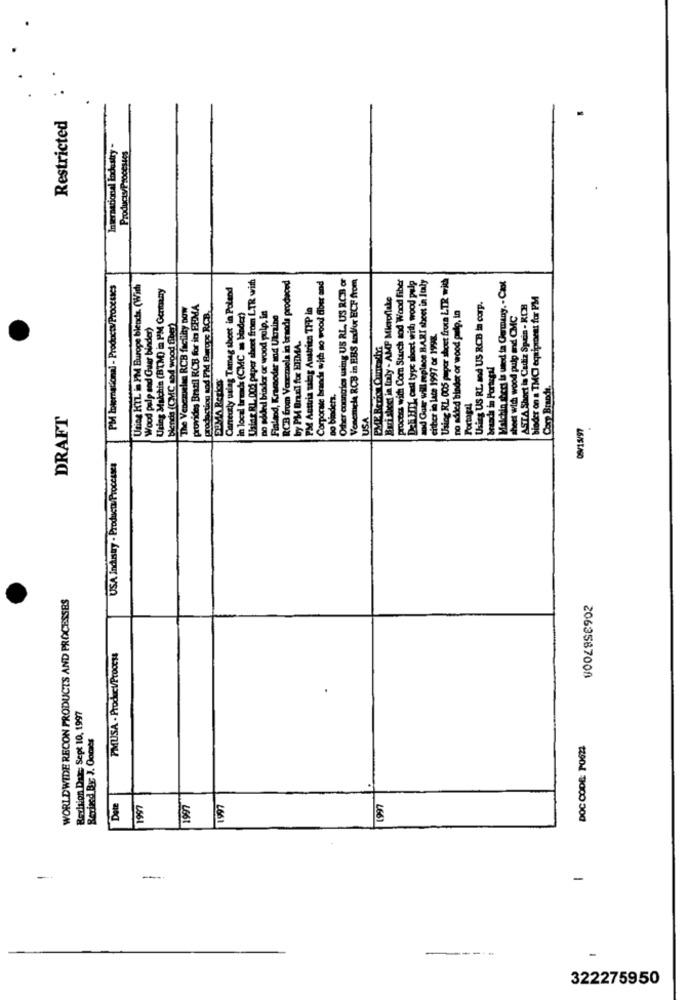
Restricted
International Industry
ProductyPsoccsics
Unlar RL. 005 paper sheet from LTR with
RCB from Venezuela in brnods produced
Corporate brande wich so wood fiber and
Other countries using US RL, US RC3 or
Venemela RCB in EBS sod/ux ECF from
process with Corn Starch and Wood fiber
Del MIL, cast type sheet with wood pulp
and Gone will replace BARI sheet in Italy
Using RL 005 paper sheet fra LTR with
Malchin shers is used in Germany. - Clot
PM International - Products/Processes
Unies KTL in PM Burope blends. (With
Using Malchin (BTM) in PM Germany
Caneuxly using Tamag sheet in Poland
Borisbeet in lily - AMP Microflake
bioder on a TMCI equipment for PM
The Venezuelan RCB facility now
provides Brazil RCB for in FFMA
in local trucs (CMC = binder)
PM Austria salag Anstrica TIP in
Using US RL ad US RCB in corp.
ASTA Short is Cadiz Spain - ROH
grodaction sod PM Europe RCB.
no added binder ar wood pulp, in
Finland, Kramoder and Ukraine
no added binder or wood pulp, in
sheet with wood pulp and CMC
Wood palp and Guar binder)
blends (CMC aod wood fiber)
by PM Brazil for ERIMA.
either in late 1997 or 199.
brands in Portugal
no binders.
Comp Brands.
Portagal
DRAFT
USA
09/15497
USA Industry - Productz Processes
WORLDWIDE RECON PRODUCTS AND PROCESSES
PMUSA . Product/Proccs4
2063587008
Rechion Date: Sept 10, 1997
Rexized By J. Gomes
DOC CODE: POSZ
Dete
19977
1997
1997
-
-
-
322275950